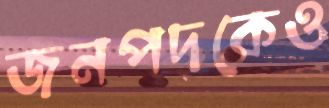
জনপদকেও